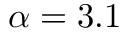
\alpha = 3 . 1